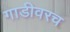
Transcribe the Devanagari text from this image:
गाडीवरच